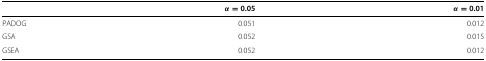
<table><thead><tr><td><b> </b></td><td><b><i>α=</i>0.05</b></td><td><b><i>α=</i>0.01</b></td></tr></thead><tbody><tr><td>PADOG</td><td>0.051</td><td>0.012</td></tr><tr><td>GSA</td><td>0.052</td><td>0.015</td></tr><tr><td>GSEA</td><td>0.052</td><td>0.012</td></tr></tbody></table>